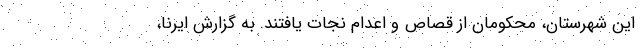
این شهرستان، محکومان از قصاص و اعدام نجات یافتند. به گزارش ایرنا،